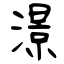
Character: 澋